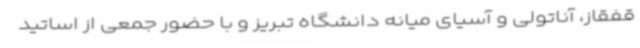
قفقاز، آناتولی و آسیای میانه دانشگاه تبریز و با حضور جمعی از اساتید